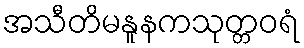
အသီတိမနူနကသုတ္တဝရံ